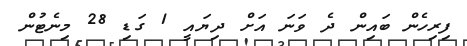
ފިރިހެން ބައިން ދެ ވަނަ އަށް ދިޔައީ 1 ގަޑި 28 މިނެޓުން